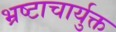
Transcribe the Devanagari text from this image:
भ्रष्टाचार्युक्त